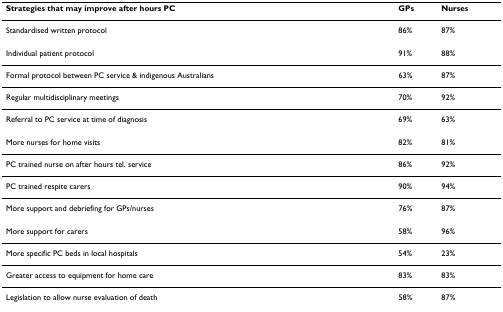
| Strategies that may improve after hours PC | GPs | Nurses |
 | --- | --- | --- |
 | Standardised written protocol | 86% | 87% |
 | Individual patient protocol | 91% | 88% |
 | Formal protocol between PC service & indigenous Australians | 63% | 87% |
 | Regular multidisciplinary meetings | 70% | 92% |
 | Referral to PC service at time of diagnosis | 69% | 63% |
 | More nurses for home visits | 82% | 81% |
 | PC trained nurse on after hours tel. service | 86% | 92% |
 | PC trained respite carers | 90% | 94% |
 | More support and debriefing for GPs/nurses | 76% | 87% |
 | More support for carers | 58% | 96% |
 | More specific PC beds in local hospitals | 54% | 23% |
 | Greater access to equipment for home care | 83% | 83% |
 | Legislation to allow nurse evaluation of death | 58% | 87% |